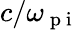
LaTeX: c/\omega_{\mathrm{~p~i~}}